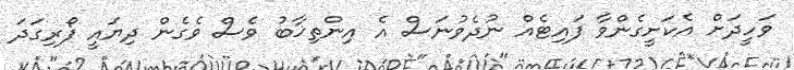
ވަހީދަށް އެކަށީގެންވާ ފައިޓެއް ނުދެވުނަސް އެ އިންތިޚާބު ވެސް ވެގެން ދިޔައީ ފޯރިގަދަ